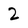
Character: 2